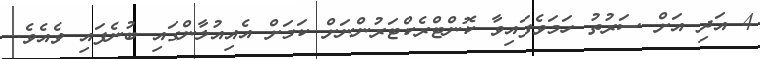
4 އަދި އަށް ސަރުތު ހަމަވެފައިވާ ކޮންޓްރެކްޓަރުންނަށް ކަމަށް އެއިއުލާންގައި ބުނެފައި ވެއެވެ.